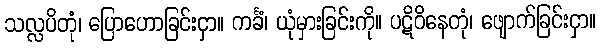
သလ္လပိတုံ၊ ပြောဟောခြင်းငှာ။ ကင်္ခံ၊ ယုံမှားခြင်းကို။ ပဋိဝိနေတုံ၊ ဖျောက်ခြင်းငှာ။